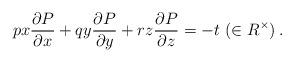
LaTeX: \begin{align*} px\frac{\partial P}{\partial x} + qy \frac{\partial P}{\partial y} + rz \frac{\partial P}{\partial z} = -t\ (\in R^\times)\,.\end{align*}